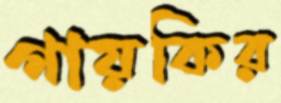
গায়কির